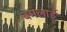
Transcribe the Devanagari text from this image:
बमलाई